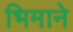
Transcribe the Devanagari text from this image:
भिमानेे